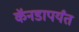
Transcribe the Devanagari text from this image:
कॅनडापर्यंत